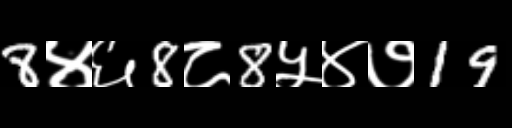
Text: 8४६8८8५४७19